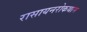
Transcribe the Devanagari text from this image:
रासायनरोकथाम